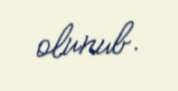
olunub.